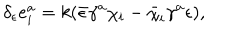
\delta _ { \epsilon } e _ { i } ^ { a } = k ( \bar { \epsilon } \gamma ^ { a } \chi _ { i } - \bar { \chi } _ { i } \gamma ^ { a } \epsilon ) ,